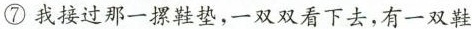
⑦我接过那一摞鞋垫，一双双看下去，有一双鞋